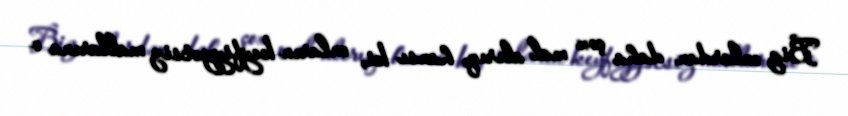
Biz onlardan daha çox mal alırıq, hansı ki, onların keyfiyyətsiz mallarına o